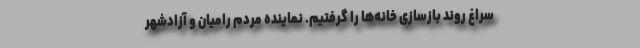
سراغ روند بازسازی خانه‌ها را گرفتیم. نماینده مردم رامیان و آزادشهر